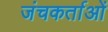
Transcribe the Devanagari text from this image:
जंचकर्ताओं